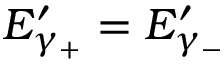
E _ { \gamma _ { + } } ^ { \prime } = E _ { \gamma _ { - } } ^ { \prime }